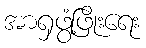
အာရှဖွံ့ဖြိုးရေး